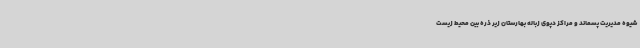
شیوه مدیریت پسماند و مراکز دپوی زباله بهارستان زیر ذره بین محیط زیست